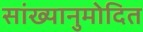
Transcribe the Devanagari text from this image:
सांख्यानुमोदित